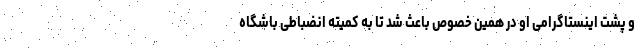
و پشت اینستاگرامی او در همین خصوص باعث شد تا به کمیته انضباطی باشگاه